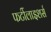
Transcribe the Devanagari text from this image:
फर्टीलाइशर्स